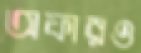
অফারও